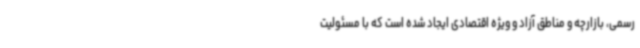
رسمی، بازارچه و مناطق آزاد و ویژه اقتصادی ایجاد شده است که با مسئولیت